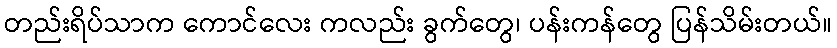
တည်းရိပ်သာက ကောင်လေး ကလည်း ခွက်တွေ၊ ပန်းကန်တွေ ပြန်သိမ်းတယ်။